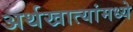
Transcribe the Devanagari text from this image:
अर्थखात्यांमध्ये